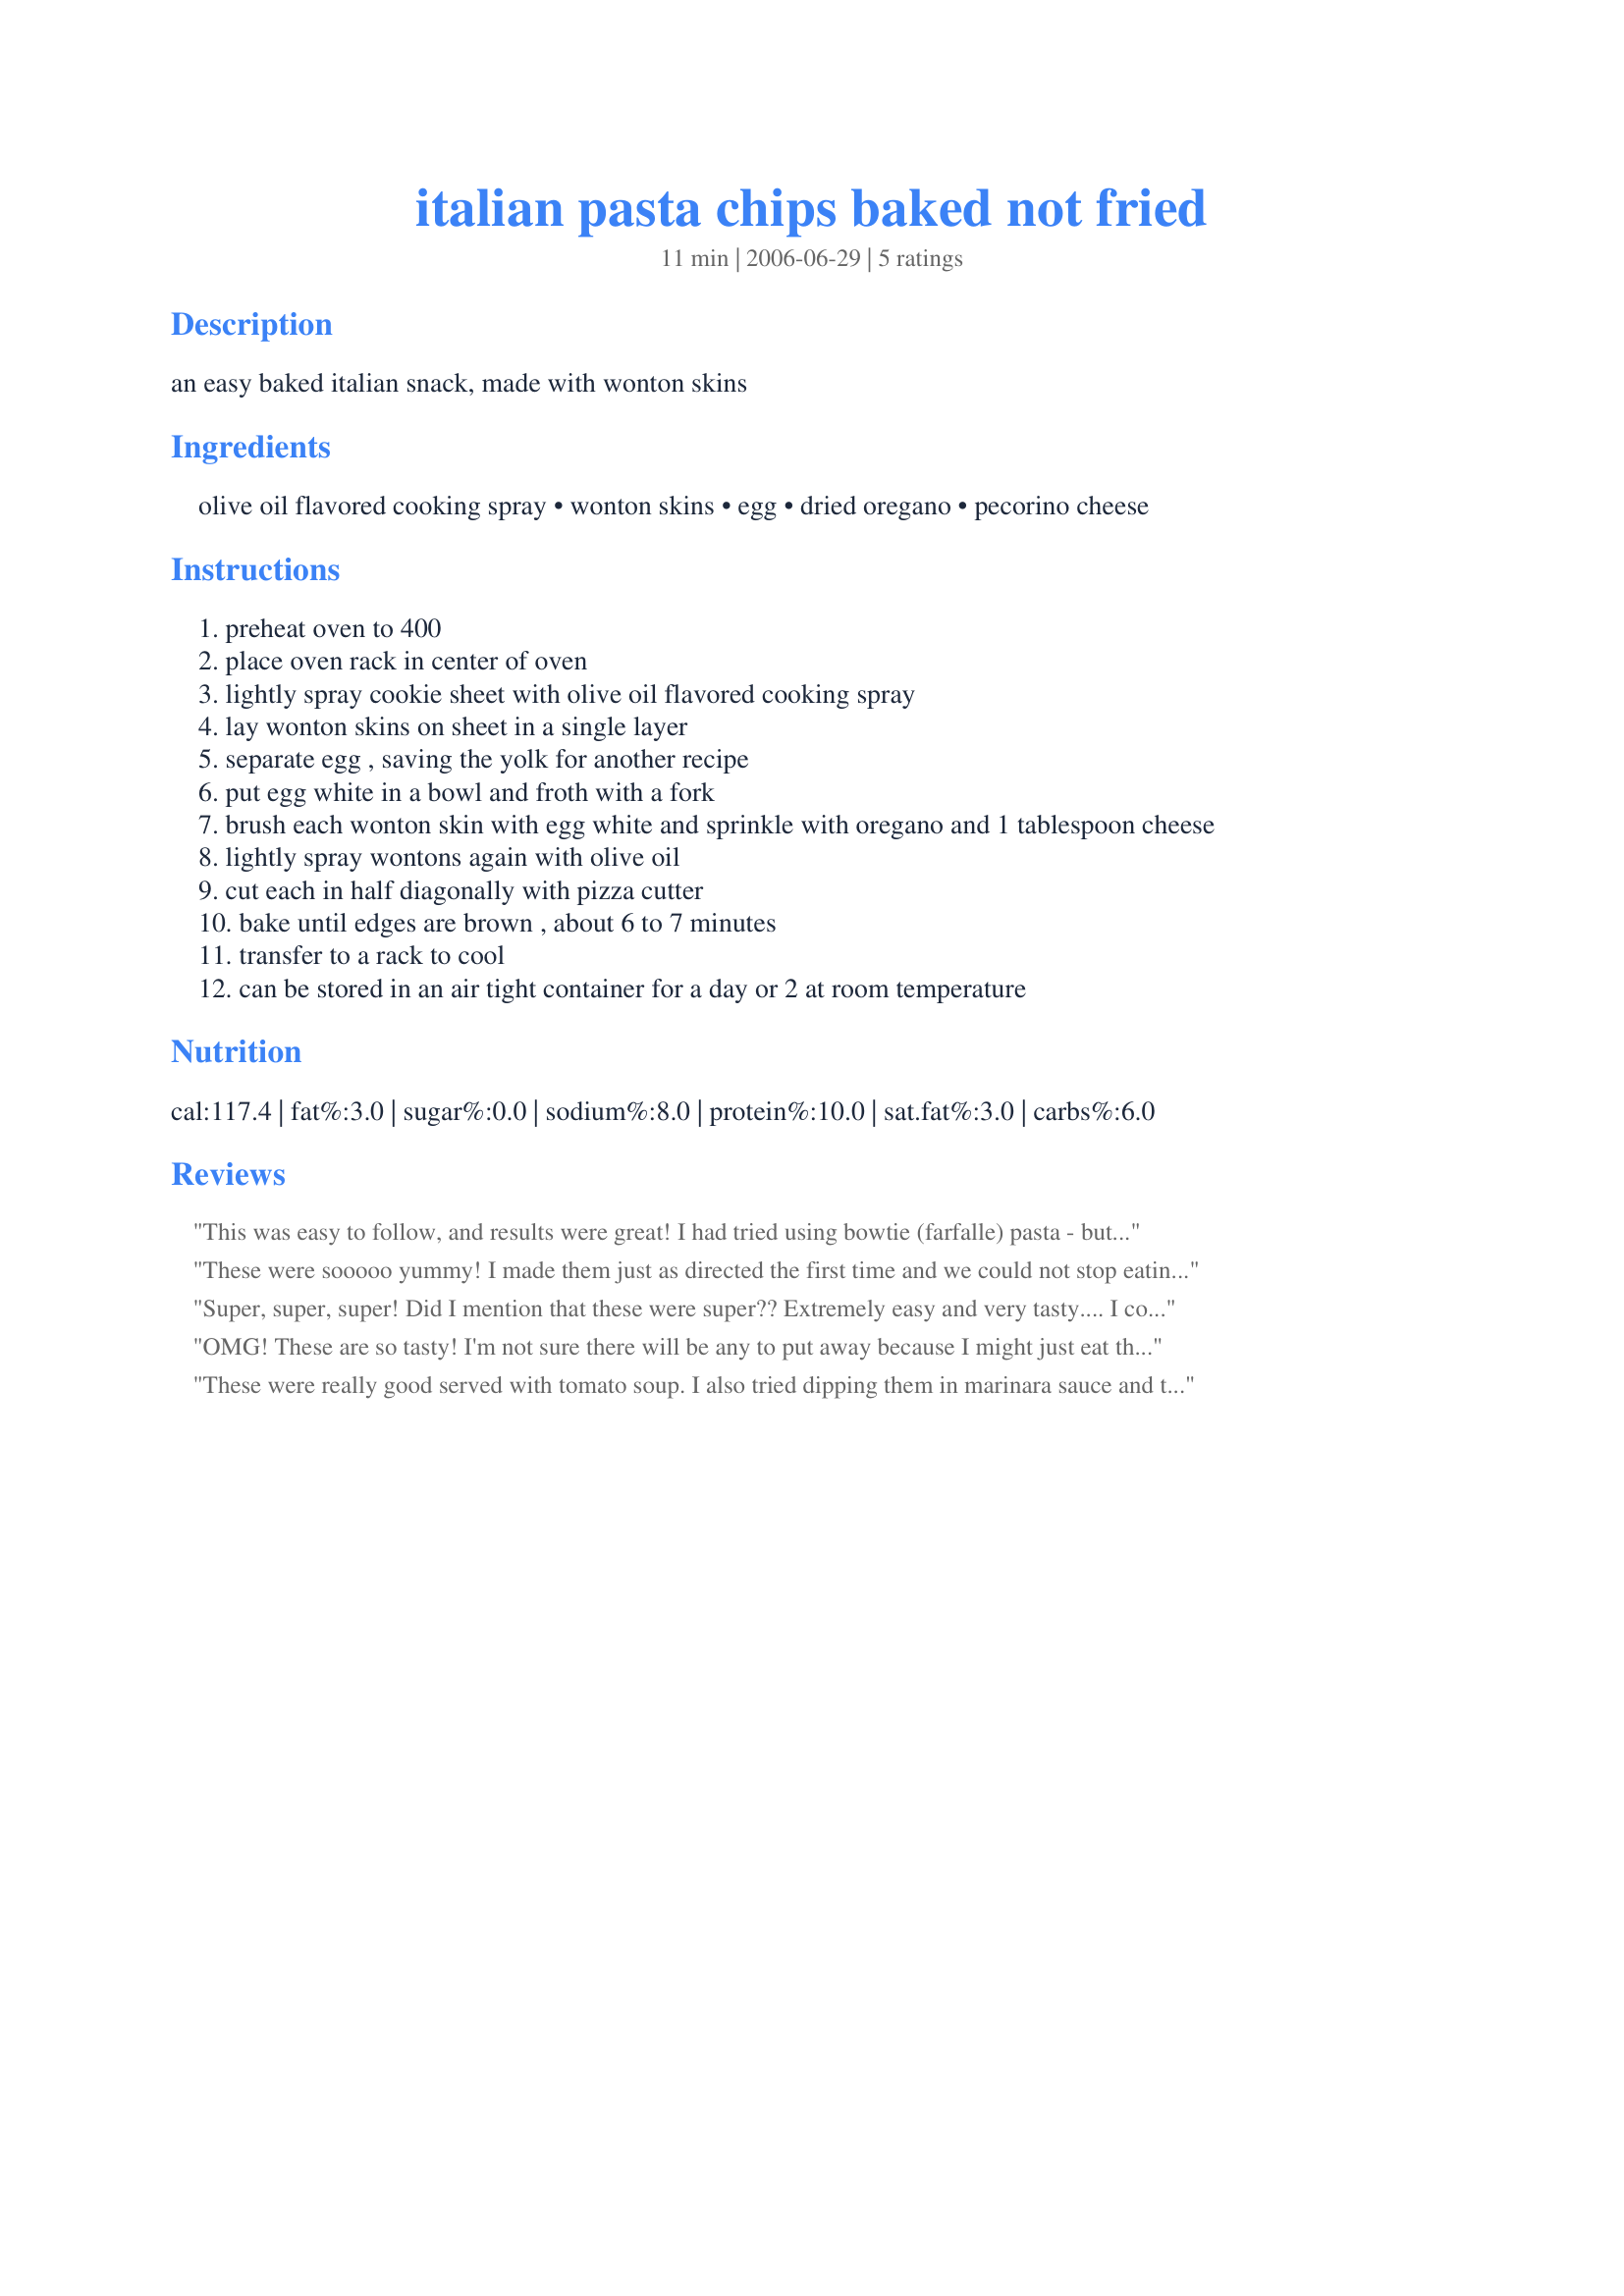
italian pasta chips baked not fried
Preparation time: 11 minutes

an easy baked italian snack, made with wonton skins

Ingredients:
olive oil flavored cooking spray, wonton skins, egg, dried oregano, pecorino cheese

Steps:
preheat oven to 400
place oven rack in center of oven
lightly spray cookie sheet with olive oil flavored cooking spray
lay wonton skins on sheet in a single layer
separate egg , saving the yolk for another recipe
put egg white in a bowl and froth with a fork
brush each wonton skin with egg white and sprinkle with oregano and 1 tablespoon cheese
lightly spray wontons again with olive oil
cut each in half diagonally with pizza cutter
bake until edges are brown , about 6 to 7 minutes
transfer to a rack to cool
can be stored in an air tight container for a day or 2 at room temperature

Reviews:
This was easy to follow, and results were great! I had tried using bowtie (farfalle) pasta - but was difficult to get crispy without burning. So - this recipe using wonton skins worked perfectly. I added a few twists - didn&#039;t want it as cheesy (but that did taste good!) and wanted it spicy (so I just added more seasonings (basil leaves, ground ginger, cumin, garlic powder, Himilayan pink salt, chili powder, ground red pepper, cracked pepper, rosemary, thyme, oregano) I think you can season as you may wish. I even tried a &quot;sweet&quot; version - using this recipe - except the seasonings were cinnamon and sugar....... All in all a good recipe, and great results! Thanks!
These were sooooo yummy! I made them just as directed the first time and we could not stop eating them. They are great with a nice glass of wine in the evening. The second time, I tried different combinations (basil and cumin, tabasco, etc). They came out great each time. Just be careful about timing--too much and they burn, too little and they are rubbery.
Super, super, super! Did I mention that these were super?? Extremely easy and very tasty.... I couldn't tell you if they keep well because we ate them all - I just made enough that they filled one medium sized pan. I had no idea one could makes chips from wonton skins! This is a keeper... as we never can finish an entire bag of skins for one recipe and often have leftovers - what a great and yummy way to use them up!! Made for ZWT4.
OMG! These are so tasty! I'm not sure there will be any to put away because I might just eat them all! LOL. I tried different seasonings - oregano, italian seasoning, rosemary, garlic powder, garlic salt and some of them in combination - to experiment. Lots of possibilities hee! I used shredded parmesan. Made for Cooking the 6 PAC fall 2007.
These were really good served with tomato soup. I also tried dipping them in marinara sauce and they tasted a little like pizza! I love the small amount of dried oregano- really adds flavor. I didn't have olive oil cooking spray so I just used butter flavor which worked out fine. Next time I'll use a little less cheese. Thanks Nick's Mom for sharing;)
